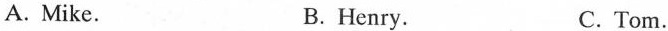
A.Mike. B.Henry. C. Tom.